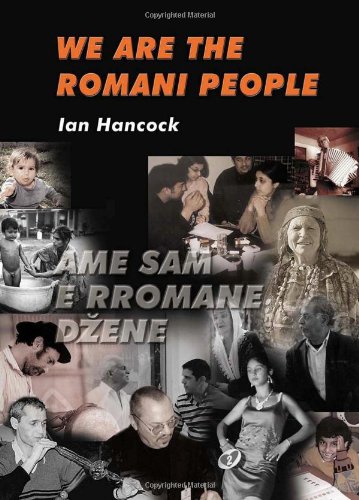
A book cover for We Are the Romani People; Ian F. Hancock; History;